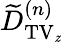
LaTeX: \widetilde{D}_{\mathrm{TV_{\mathit z}}}^{(n)}